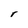
Character: r